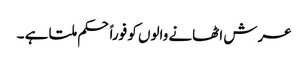
عرش اٹھانے والوں کو فوراً حکم ملتا ہے ۔